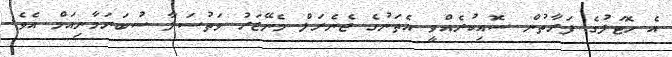
އެ ހޮޓަލުގެ ފަރާތުން ސޮއިކުރެއްވީ އެތަނުގެ ޖެނެރަލް މެނޭޖަރު ވަތުސަލާ ސުބަރަމާނިއަމް އެވެ.